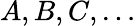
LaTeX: A,B,C,\ldots